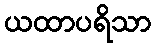
ယထာပရိသာ